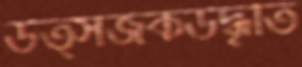
উত্সর্জকউদ্ধৃতি